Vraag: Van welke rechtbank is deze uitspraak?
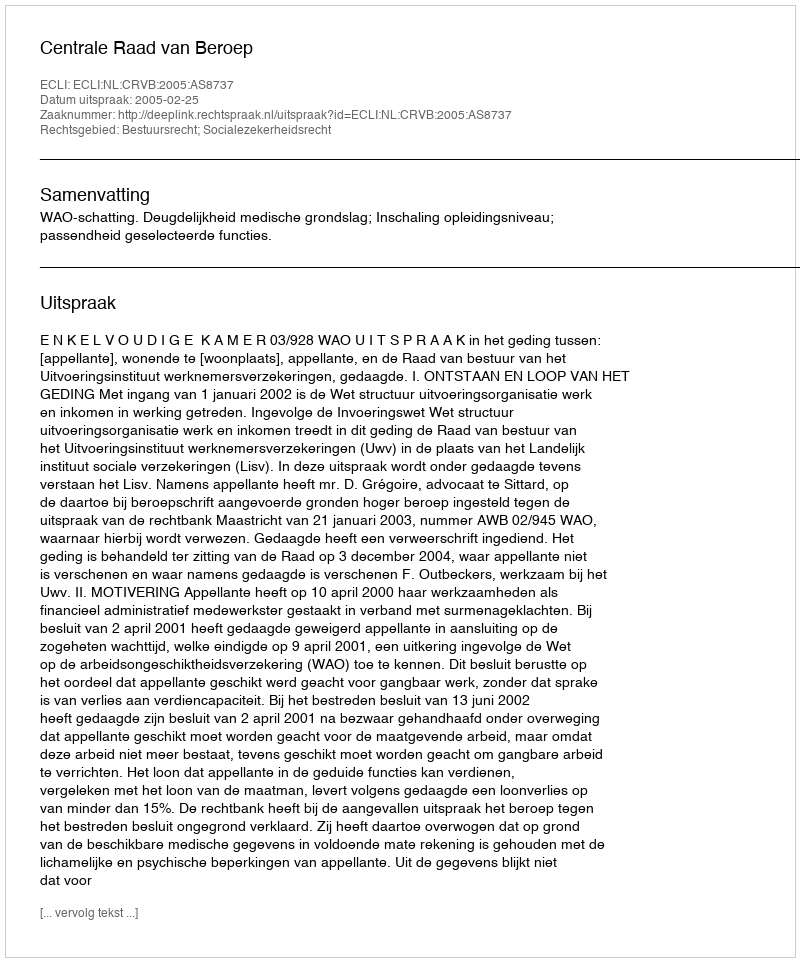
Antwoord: Centrale Raad van Beroep